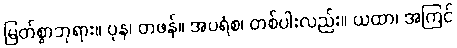
မြတ်စွာဘုရား။ ပုန၊ တဖန်။ အပရံစ၊ တစ်ပါးလည်း။ ယထာ၊ အကြင်